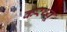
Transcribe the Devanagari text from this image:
करथ्यू